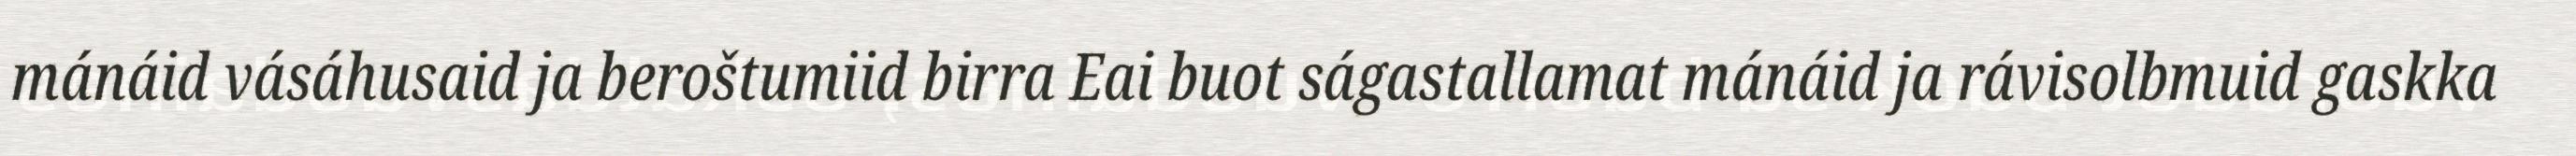
mánáid vásáhusaid ja beroštumiid birra Eai buot ságastallamat mánáid ja rávisolbmuid gaskka